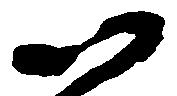
以